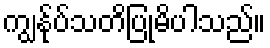
ကျွန်ုပ်သတိပြုမိပါသည်။